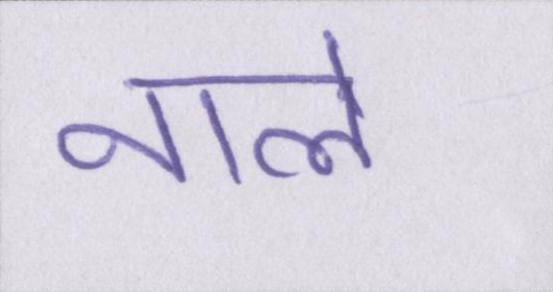
नाले